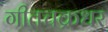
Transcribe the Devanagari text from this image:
गीतचक्रधर